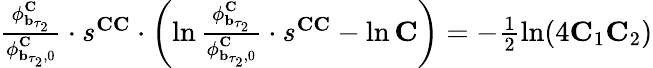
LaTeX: \begin{array}{r}{\frac{\mathbf{\phi}_{\mathbf{b}_{\tau_{2}}}^{\mathbf{C}}}{\mathbf{\phi}_{\mathbf{b}_{\tau_{2}},0}^{\mathbf{C}}}\cdot s^{\mathbf{CC}}\cdot\left(\ln\frac{\mathbf{\phi}_{\mathbf{b}_{\tau_{2}}}^{\mathbf{C}}}{\mathbf{\phi}_{\mathbf{b}_{\tau_{2}},0}^{\mathbf{C}}}\cdot s^{\mathbf{CC}}-\ln\mathbf{C}\right)=-\frac{1}{2}\ln(4\mathbf{C}_{1}\mathbf{C}_{2})}\end{array}